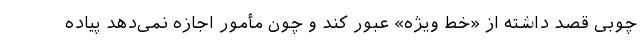
چوبی قصد داشته از «خط ویژه» عبور کند و چون مأمور اجازه نمی‌دهد پیاده